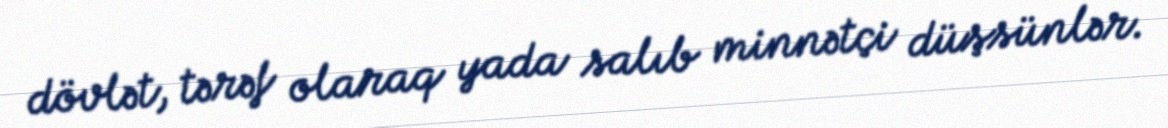
dövlət, tərəf olaraq yada salıb minnətçi düşsünlər.